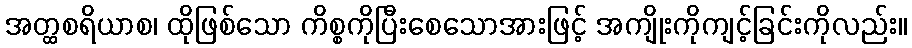
အတ္ထစရိယာစ၊ ထိုဖြစ်သော ကိစ္စကိုပြီးစေသောအားဖြင့် အကျိုးကိုကျင့်ခြင်းကိုလည်း။